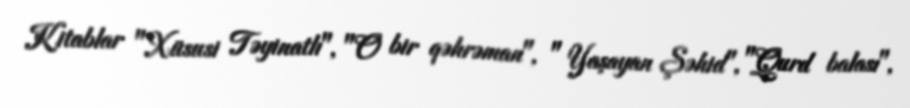
Kitablar "Xüsusi Təyinatlı", "O bir qəhrəman", " Yaşayan Şəhid", "Qurd balası",